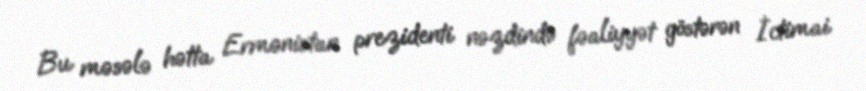
Bu məsələ hətta Ermənistan prezidenti nəzdində fəaliyyət göstərən İctimai